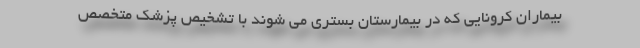
بیماران کرونایی که در بیمارستان بستری می شوند با تشخیص پزشک متخصص